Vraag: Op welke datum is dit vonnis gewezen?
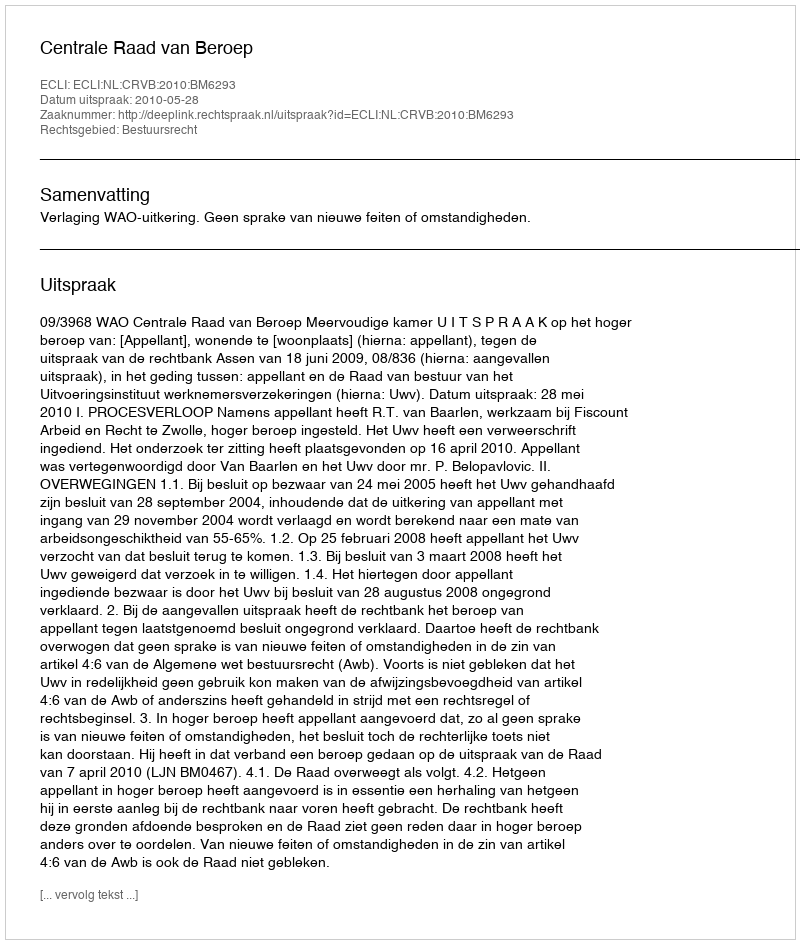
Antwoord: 2010-05-28